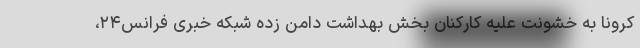
کرونا به خشونت علیه کارکنان بخش بهداشت دامن زده‌ شبکه خبری فرانس۲۴،